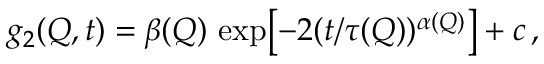
g _ { 2 } ( Q , t ) = \beta ( Q ) \, \exp \bigl [ - 2 ( t / \tau ( Q ) ) ^ { \alpha ( Q ) } \bigr ] + c \, ,